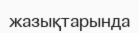
жазықтарында